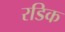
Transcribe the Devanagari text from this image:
रडिक